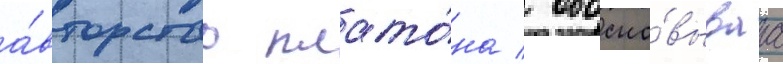
а́вторство плато́на / обосно́вываа